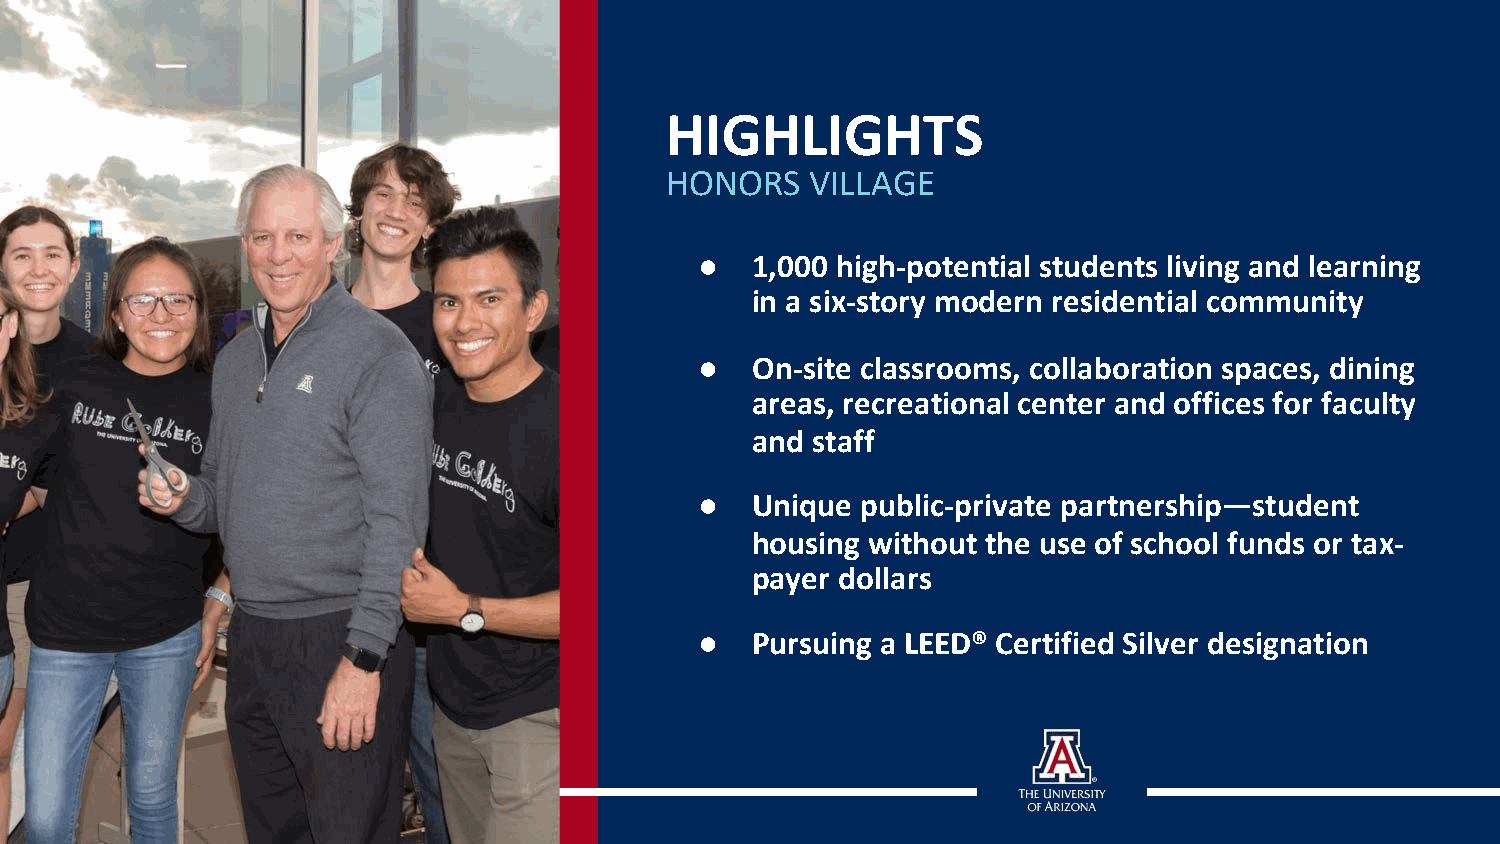
HIGHLIGHTS
 HONORS    VILLAGE
 ●   1,000 high-potential students living and learning
 in a six-story modern residential community
 ●   On-site classrooms, collaboration spaces, dining
 areas, recreational center and offices for faculty
 and staff
 ●   Unique public-private partnership—student
 housing without the use of school funds or tax-
 payer dollars
 ●   Pursuing a LEED® Certified Silver designation